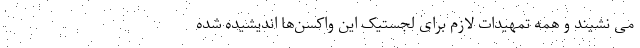
می نشیند و همه تمهیدات لازم برای لجستیک این واکسن‌ها اندیشیده شده